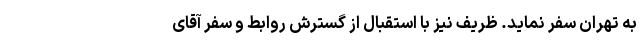
به تهران سفر نماید. ظریف نیز با استقبال از گسترش روابط و سفر آقای